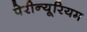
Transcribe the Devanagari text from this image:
पेरीन्यूरियम